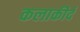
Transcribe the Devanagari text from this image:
कलाकीर्द